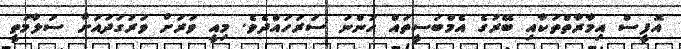
އޮފީސް އިމާރާތްތަކާއި ބޭރުގެ އެމްބަސީތައް ހުންނަ ސަރަހައްދެވެ. މިއީ ވަރަށް ވަރުގަދައަށް ސަލާމަތީ